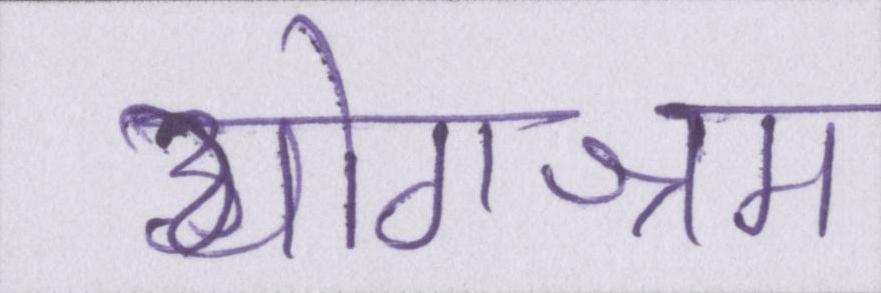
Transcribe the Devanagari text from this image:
योगाश्रम